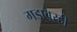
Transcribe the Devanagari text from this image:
गडावरही